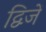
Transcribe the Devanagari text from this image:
द्विजें